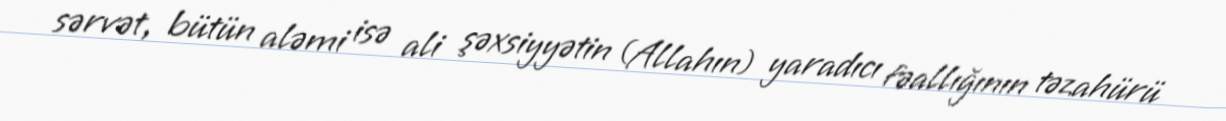
sərvət, bütün aləmi isə ali şəxsiyyətin (Allahın) yaradıcı fəallığının təzahürü